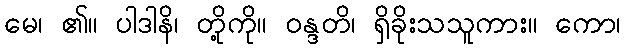
မေ၊ ၏။ ပါဒါနိ၊ တို့ကို။ ဝန္ဒတိ၊ ရှိခိုးသသူကား။ ကော၊